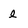
Character: l